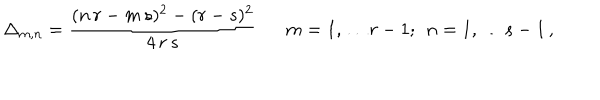
\Delta _ { m , n } = \frac { ( n \, r - m \, s ) ^ { 2 } - ( r - s ) ^ { 2 } } { 4 \, r \, s } \: \: \: \: \: \: \: m = 1 , \ldots r - 1 ; \: \: n = 1 , \ldots s - 1 \, ,